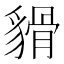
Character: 𧳸